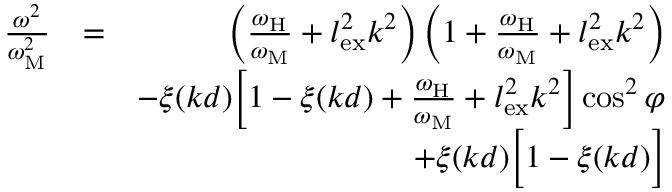
\begin{array} { r l r } { \frac { \omega ^ { 2 } } { \omega _ { \mathrm { M } } ^ { 2 } } } & { = } & { \left( \frac { \omega _ { \mathrm { H } } } { \omega _ { \mathrm { M } } } + l _ { \mathrm { e x } } ^ { 2 } k ^ { 2 } \right) \left( 1 + \frac { \omega _ { \mathrm { H } } } { \omega _ { \mathrm { M } } } + l _ { \mathrm { e x } } ^ { 2 } k ^ { 2 } \right) } \\ & { } & { - \xi ( k d ) \Big [ 1 - \xi ( k d ) + \frac { \omega _ { \mathrm { H } } } { \omega _ { \mathrm { M } } } + l _ { \mathrm { e x } } ^ { 2 } k ^ { 2 } \Big ] \cos ^ { 2 } { \varphi } } \\ & { } & { + \xi ( k d ) \Big [ 1 - \xi ( k d ) \Big ] } \end{array}